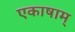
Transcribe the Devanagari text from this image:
एकाषाम्